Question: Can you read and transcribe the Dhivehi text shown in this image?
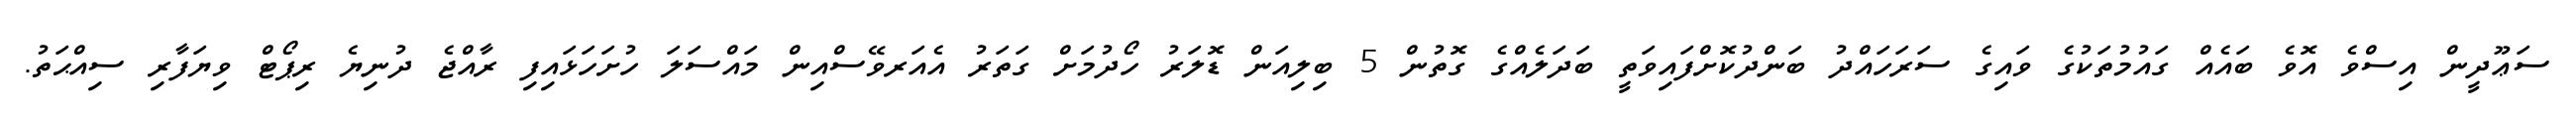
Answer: ސަޢޫދީން އިސްވެ އޮވެ ބައެއް ގައުމުތަކުގެ ވައިގެ ސަރަހައްދު ބަންދުކޮށްފައިވަތީ ބަދަލެއްގެ ގޮތުން 5 ބިލިއަން ޑޮލަރު ހޯދުމަށް ގަތަރު އެއަރވޭސްއިން މައްސަލަ ހުށަހަޅައިފި ރާއްޖެ ދުނިޔެ ރިޕޯޓް ވިޔަފާރި ސިއްޙަތު.